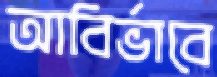
আবির্ভাবে